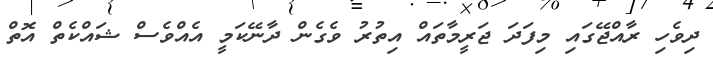
ދިވެހި ރާއްޖޭގައި މިފަދަ ޖަރީމާތައް އިތުރު ވެގެން ދާނޭކަމީ އެއްވެސް ޝައްކެތް އޮތް